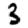
Digit: 3